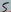
Text: 6